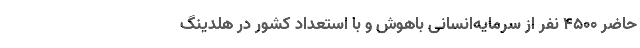
حاضر 4500 نفر از سرمایه‌انسانی باهوش و با ­استعداد کشور در هلدینگ